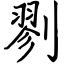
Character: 剹